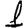
Digit: 1